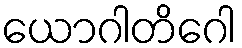
ယောဂါတိဂေါ